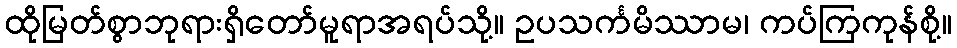
ထိုမြတ်စွာဘုရားရှိတော်မူရာအရပ်သို့။ ဥပသင်္ကမိဿာမ၊ ကပ်ကြကုန်စို့။